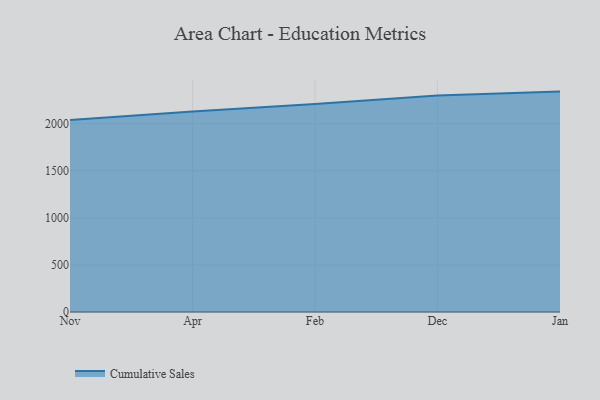
{"axis": {"x": "Month", "y": "Headcount"}, "legend": ["Cumulative Sales"], "data": [{"x": "Nov", "y": 2039.0, "type": "Cumulative Sales"}, {"x": "Apr", "y": 2128.9, "type": "Cumulative Sales"}, {"x": "Feb", "y": 2209.4, "type": "Cumulative Sales"}, {"x": "Dec", "y": 2298.2, "type": "Cumulative Sales"}, {"x": "Jan", "y": 2340.9, "type": "Cumulative Sales"}]}